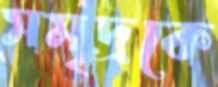
সমৃদ্রকে